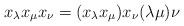
LaTeX: \begin{align*}x_{\lambda} x_{\mu}x_{\nu} = (x_{\lambda} x_{\mu})x_{\nu} (\lambda\mu)\nu\end{align*}